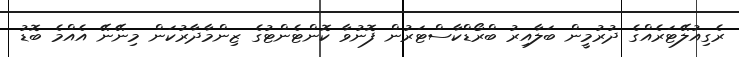
ރެގިއުލޭޓަރެއްގެ ދުރުމީން ބަލާއިރު ބްރޯޑްކާސްޓަރުން ފޮނުވާ ކޮންޓެންޓުގެ ޒިންމާދާރުކަން މިނޭނޭ އެއްމެ ބޮޑު